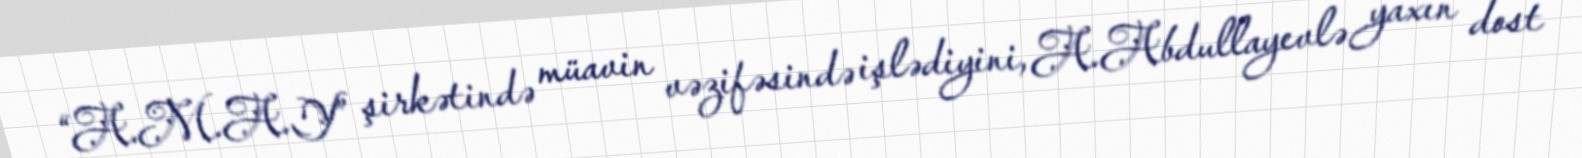
“A.M.A.Y” şirkətində müavin vəzifəsində işlədiyini, A.Abdullayevlə yaxın dost